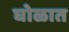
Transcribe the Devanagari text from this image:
घोळात